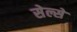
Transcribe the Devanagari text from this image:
सेल्से